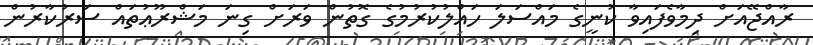
ރާއްޖޭއަށް ދިމާވެފައިވާ ކުނީގެ މައްސަލަ ހައްލުކުރުމުގެ ގޮތުން ވަރަށް ގިނަ މަޝްރޫޢުތައް ސަރުކާރުން